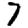
Digit: 7